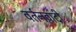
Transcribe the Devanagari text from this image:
वर्तनवादी